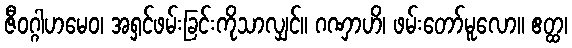
ဇီဝဂ္ဂါဟမေဝ၊ အရှင်ဖမ်းခြင်းကိုသာလျှင်။ ဂဏှာဟိ၊ ဖမ်းတော်မူလော။ ဧတ္ထ၊